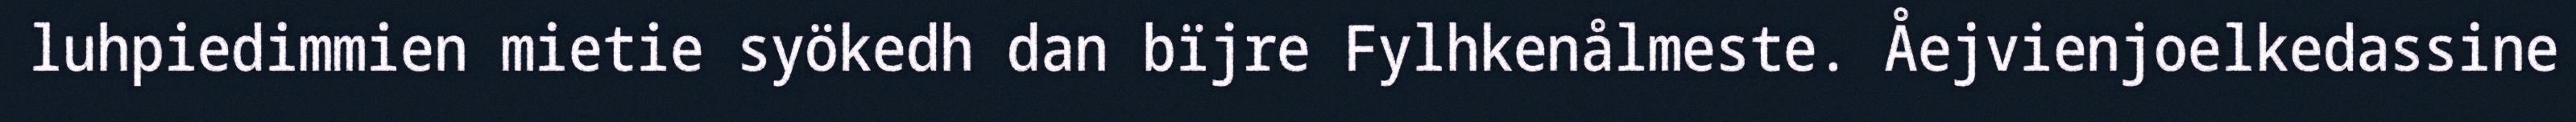
luhpiedimmien mietie syökedh dan bïjre Fylhkenålmeste. Åejvienjoelkedassine